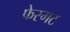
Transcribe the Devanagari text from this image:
फेस्गट